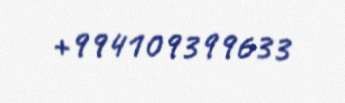
+994109399633